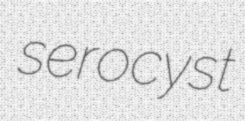
serocyst